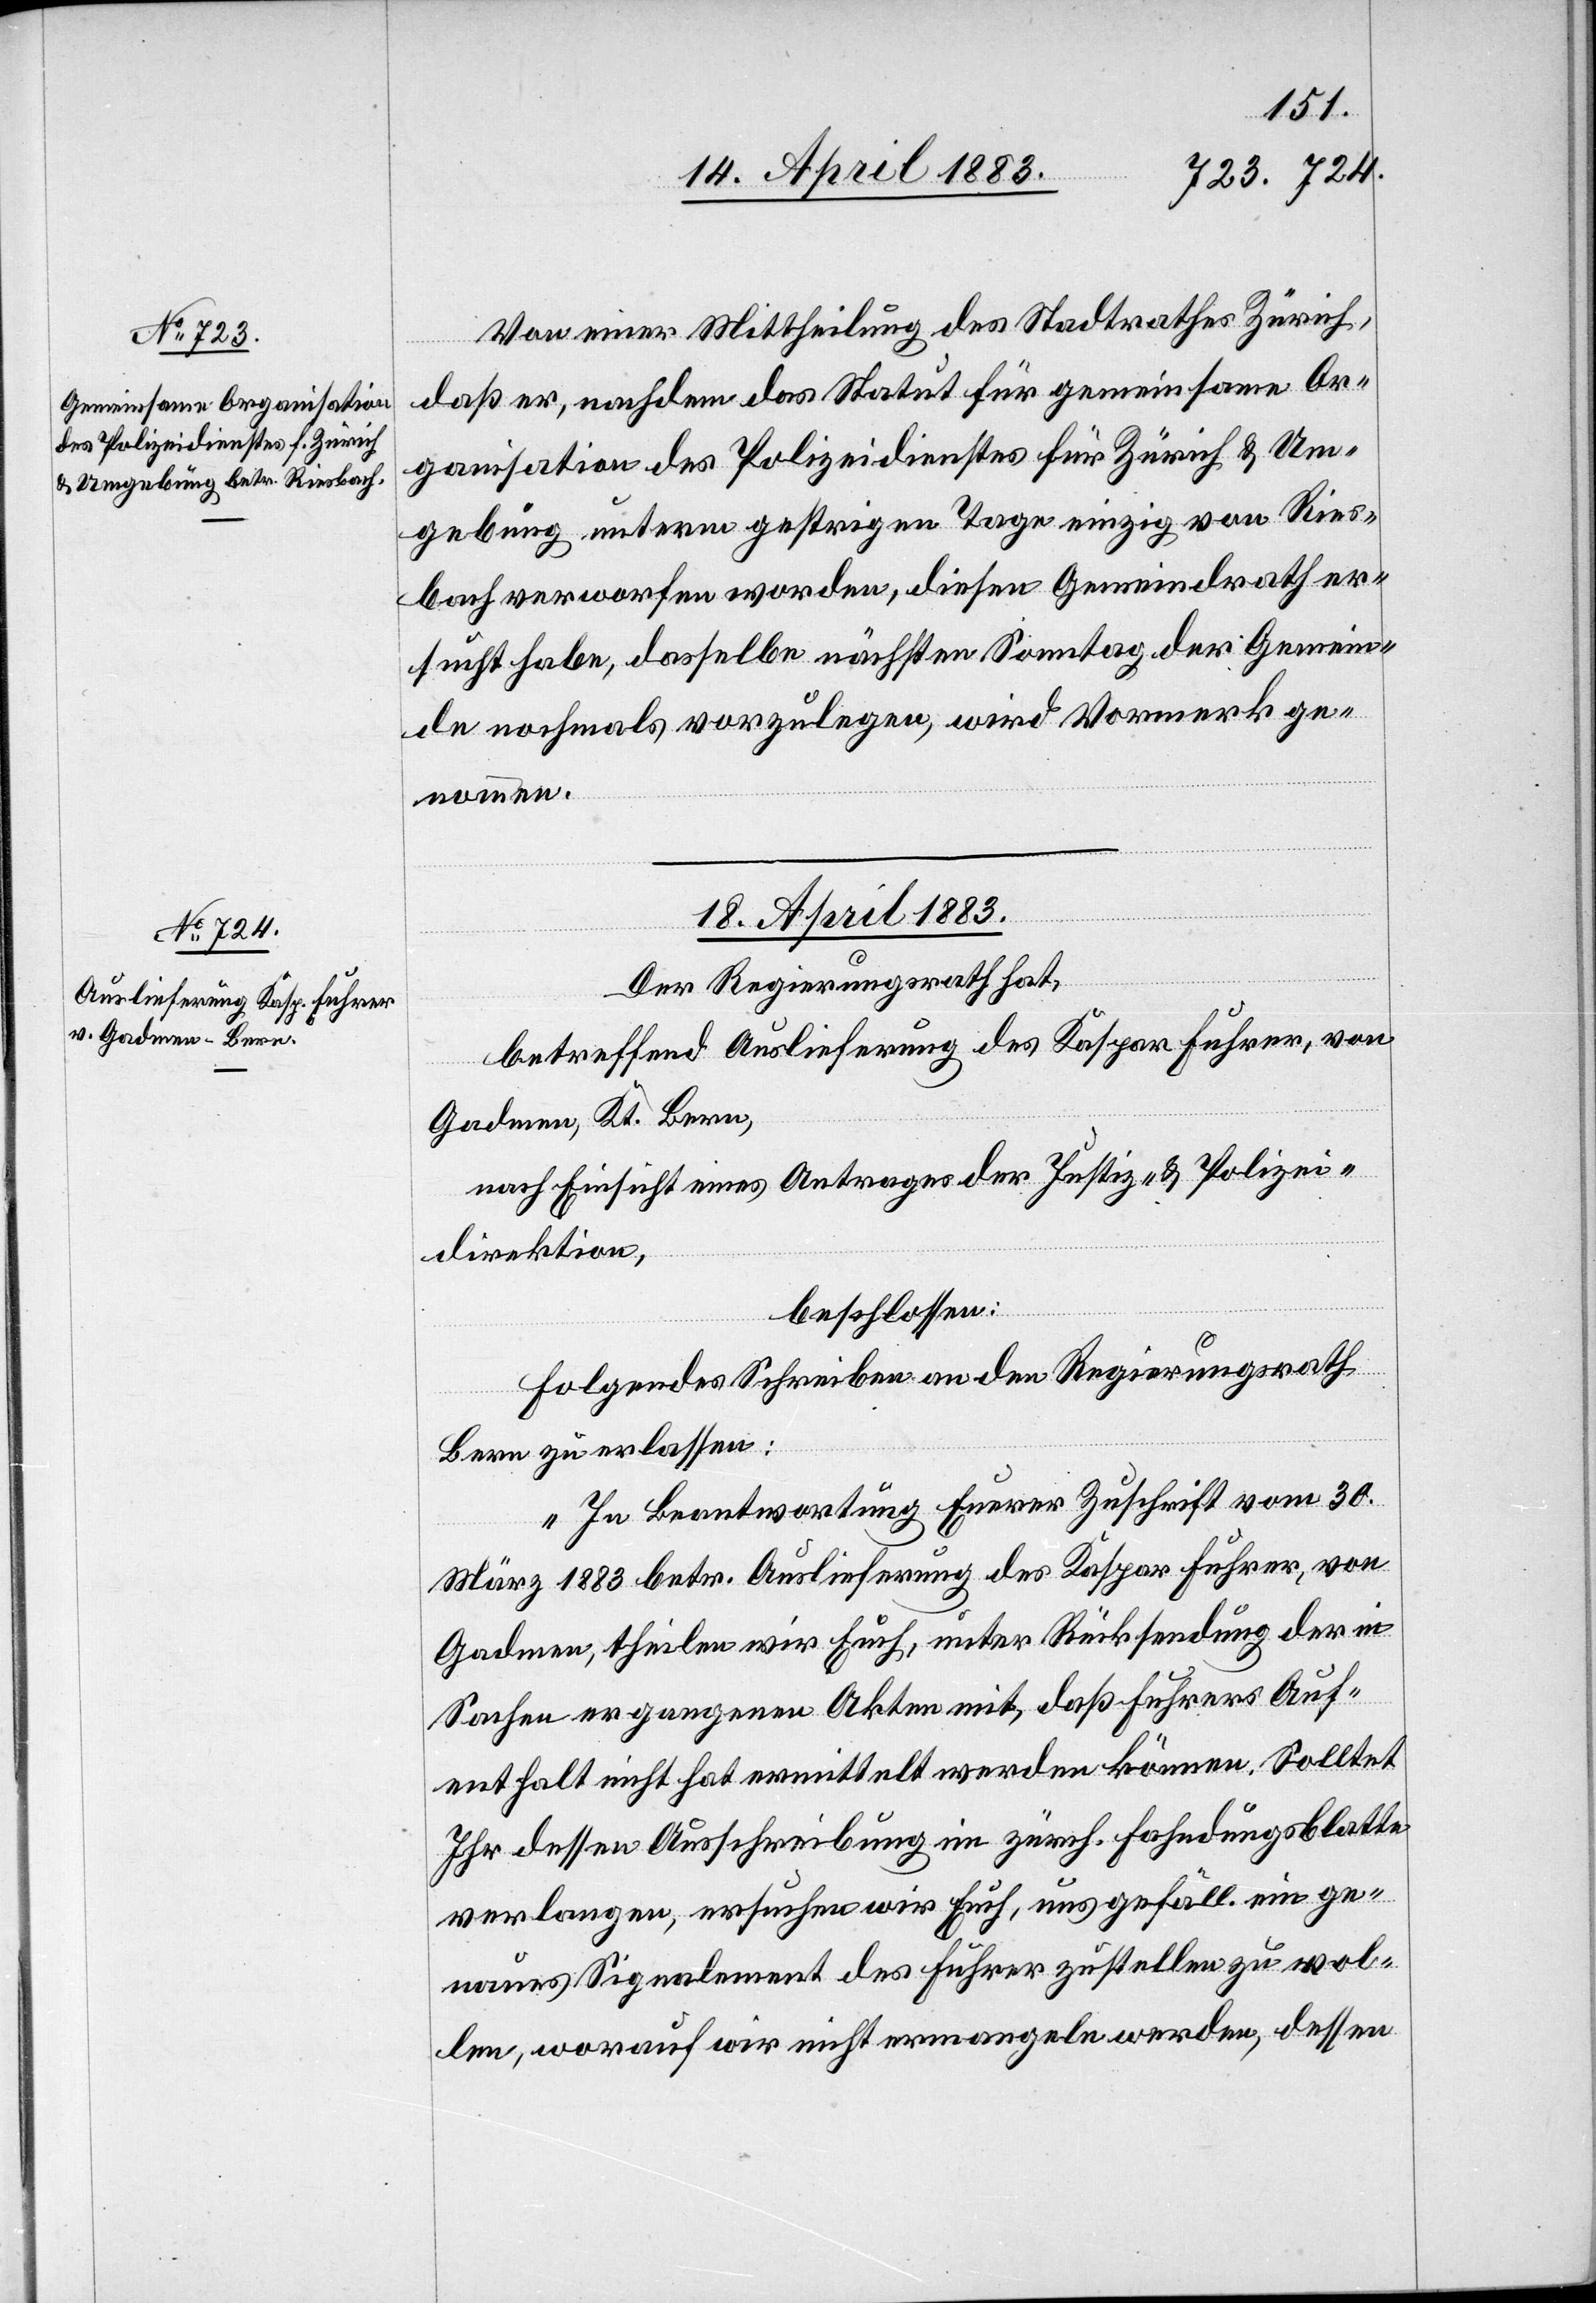
16. April 1883.]
Von einer Mittheilung des Stadtrathes Zürich,
daß er, nachdem das Statut für gemeinsame Or¬
ganisation des Polizeidienstes für Zürich & Um¬
gebung unterm gestrigen Tage einzig von Ries¬
bach verworfen worden, diesen Gemeindrath er¬
sucht haben, dasselbe nächsten Sonntag der Gemein¬
de nochmals vorzulegen, wird Vormerk ge¬
nommen.
18. April 1883.
Der Regierungsrath hat,
betreffend Auslieferung des Kaspar Fuhrer, von
Gadmen, Kt. Bern,
nach Einsicht eines Antrages der Justiz- & Polizei¬
direktion,
beschlossen:
Folgendes Schreiben an den Regierungsrath
Bern zu erlassen:
„In Beantwortung Eurer Zuschrift vom 30.
März 1883 betr. Auslieferung des Kaspar Fuhrer, von
Gadmen, theilen wir Euch, unter Rücksendung der in
Sachen ergangenen Akten mit, daß Fuhrers Auf¬
enthalt nicht hat ermittelt werden können. Solltet
Ihr dessen Ausschreibung im zürch. Fahndungsblatte
verlangen, ersuchen wir Euch, uns gefäll. ein ge¬
naues Signalement des Fuhrer zustellen zu wol¬
len, worauf wir nicht ermangeln werden, dessen